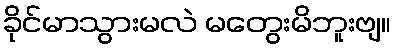
ခိုင်မာသွားမလဲ မတွေးမိဘူးဗျ။